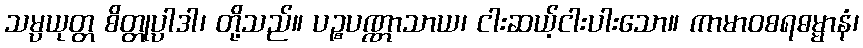
သမ္ပယုတ္တ စိတ္တုပ္ပါဒါ၊ တို့သည်။ ပဉ္စပဏ္ဏာသာယ၊ ငါးဆယ့်ငါးပါးသော။ ကာမာဝစရဓမ္မာနံ၊